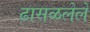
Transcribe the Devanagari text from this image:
ढासळलेले